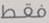
فقط